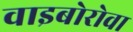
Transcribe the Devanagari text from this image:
वाइबोरोवा